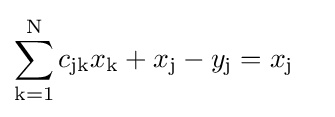
{\begin{aligned}\sum _{\mathrm {k=1} }^{\mathrm {N} }c_{\mathrm {jk} }x_{\mathrm {k} }+x_{\mathrm {j} }-y_{\mathrm {j} }&=x_{\mathrm {j} }\end{aligned}}